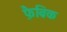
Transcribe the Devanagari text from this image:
फ़ैब्रिक